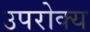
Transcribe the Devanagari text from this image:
उपरोक्य